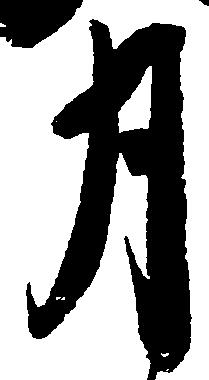
月